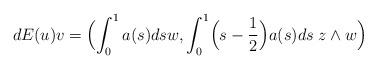
LaTeX: \begin{align*}dE(u)v=\Bigl(\int_0^1 a(s)ds w,\int_0^1\Bigl(s-\frac{1}{2} \Bigr)a(s) ds\; z\wedge w\Bigr) \end{align*}